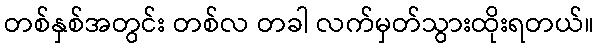
တစ်နှစ်အတွင်း တစ်လ တခါ လက်မှတ်သွားထိုးရတယ်။